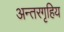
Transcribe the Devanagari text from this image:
अन्तरगृहिय